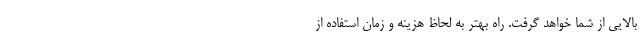
بالایی از شما خواهد گرفت. راه بهتر به لحاظ هزینه و زمان استفاده از